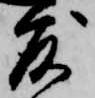
度